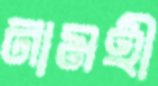
নামহী